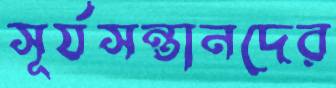
সূর্যসন্তানদের